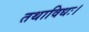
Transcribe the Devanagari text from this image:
तथाविधः।